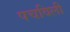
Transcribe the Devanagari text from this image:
पचविली